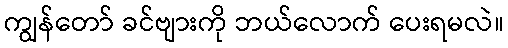
ကျွန်တော် ခင်ဗျားကို ဘယ်လောက် ပေးရမလဲ။